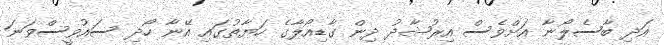
އަދި ބާސެލޯނާ އަށްވެސް އިރުޝާދު ދިން ގާޑިއޯލާގެ ހަޔާތުގައި އޭނާ ހޯދި ސައުވީސްވަނަ